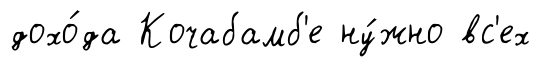
дохо́да Кочабамб'е ну́жно вс'ех